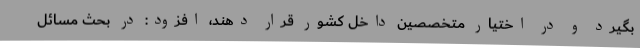
بگیرد و در اختیار متخصصین داخل کشور قرار دهند، افزود: در بحث مسائل